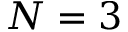
N = 3